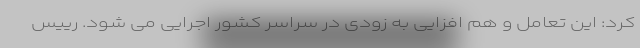
کرد: این تعامل و هم افزایی به زودی در سراسر کشور اجرایی می شود. رییس